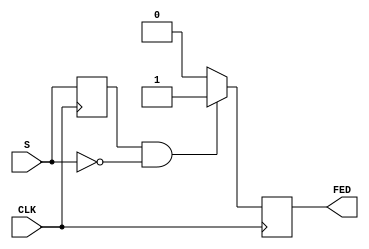
module falling_edge_detector (
    input wire CLK,        // Clock signal
    input wire S,         // Signal input
    output reg FED        // Falling edge detected output
);

// Internal register to hold the previous state of the signal
reg prev_S;

always @(posedge CLK) begin
    // Sample the current state of the signal
    prev_S <= S;
    
    // Detect falling edge
    if (prev_S == 1'b1 && S == 1'b0) begin
        FED <= 1'b1;  // Falling edge detected, set FED high
    end else begin
        FED <= 1'b0;  // No falling edge, reset FED low
    end
end

endmodule